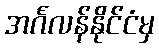
အင်္ဂလန်နိုင်ငံမှ